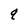
Character: q